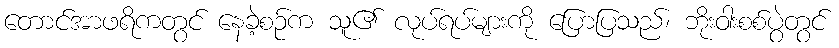
တောင်အာဖရိကတွင် နေခဲ့စဉ်က သူ၏ လုပ်ရပ်များကို ပြောပြသည်၊ ဘိုးဝါးစစ်ပွဲတွင်